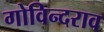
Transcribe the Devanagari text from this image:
गोविन्दराव